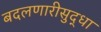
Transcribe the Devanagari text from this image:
बदलणारीसुद्धा